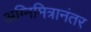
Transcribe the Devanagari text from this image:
अग्निमित्रानंतर